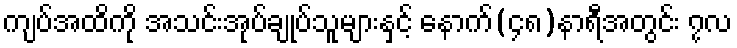
ကျပ်အထိကို အသင်းအုပ်ချုပ်သူများနှင့် နောက်(၄၈)နာရီအတွင်း ၇လ